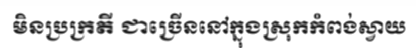
មិនប្រក្រតី ជាច្រើននៅក្នុងស្រុកកំពង់ស្វាយ